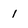
Character: 1